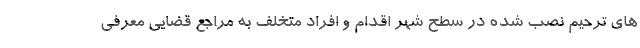
های ترحیم نصب شده در سطح شهر اقدام و افراد متخلف به مراجع قضایی معرفی